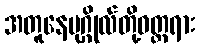
အတူနေပုဂ္ဂိုလ်တို့ဝတ္တရား